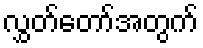
လွှတ်တော်အတွက်